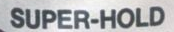
SUPER-HOLD